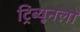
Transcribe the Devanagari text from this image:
ट्रिब्यूनलों